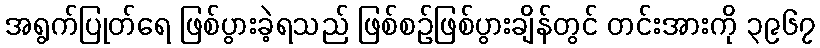
အရွက်ပြုတ်ရေ ဖြစ်ပွားခဲ့ရသည် ဖြစ်စဉ်ဖြစ်ပွားချိန်တွင် တင်းအားကို ၃၉၆၇